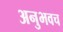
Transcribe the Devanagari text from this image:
अनुभवच